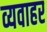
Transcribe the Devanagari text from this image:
व्यवाहर